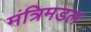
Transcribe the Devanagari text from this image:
मंत्रिमडल